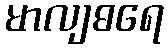
မာလျဓရေ